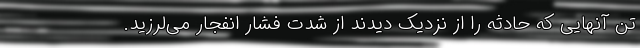
تن‌ آنهایی که حادثه را از نزدیک دیدند از شدت فشار انفجار می‌لرزید.